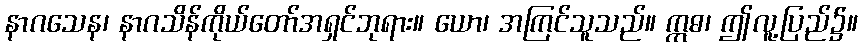
နာဂသေန၊ နာဂသိန်ကိုယ်တော်အရှင်ဘုရား။ ယော၊ အကြင်သူသည်။ ဣဓ၊ ဤလူ့ပြည်၌။